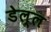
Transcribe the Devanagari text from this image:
डेल्ल